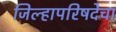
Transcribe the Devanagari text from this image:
जिल्हापरिषदेचा